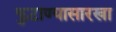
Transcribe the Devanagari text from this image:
फुटाण्यासारखा